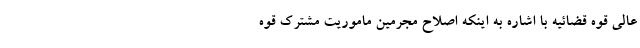
عالی قوه قضائیه با اشاره به اینکه اصلاح مجرمین ماموریت مشترک قوه